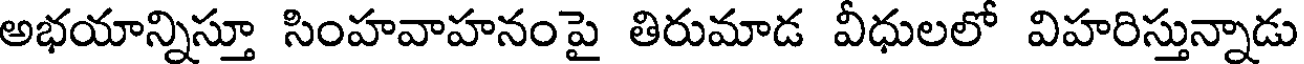
అభయాన్నిస్తూ సింహవాహనంపై తిరుమాడ వీధులలో విహరిస్తున్నాడు